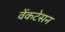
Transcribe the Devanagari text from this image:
वेंकटेसन